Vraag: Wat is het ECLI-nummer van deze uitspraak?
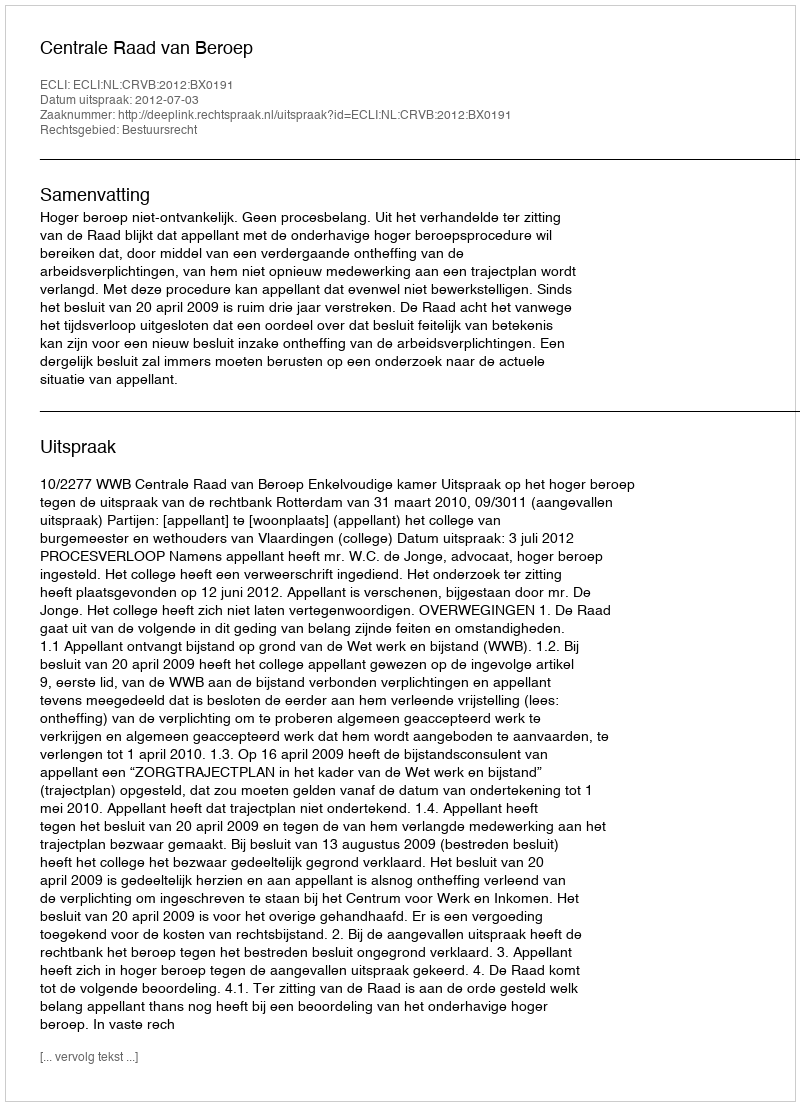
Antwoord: ECLI:NL:CRVB:2012:BX0191